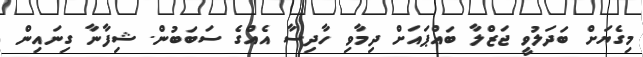
މިގެޔަށް ބަދަލުވީ ޖަޒްލާ ބައްޕައަށް ދިމާވި ހާދިސާ އެއްގެ ސަބަބުން. ޝިފާނާ ގިނައިން